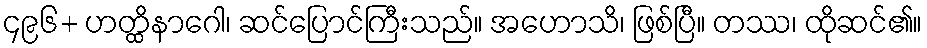
၄၉၆+ ဟတ္ထိနာဂေါ၊ ဆင်ပြောင်ကြီးသည်။ အဟောသိ၊ ဖြစ်ပြီ။ တဿ၊ ထိုဆင်၏။